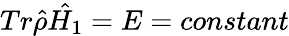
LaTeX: Tr\hat{\rho}\hat{H_{1}}=E=constant